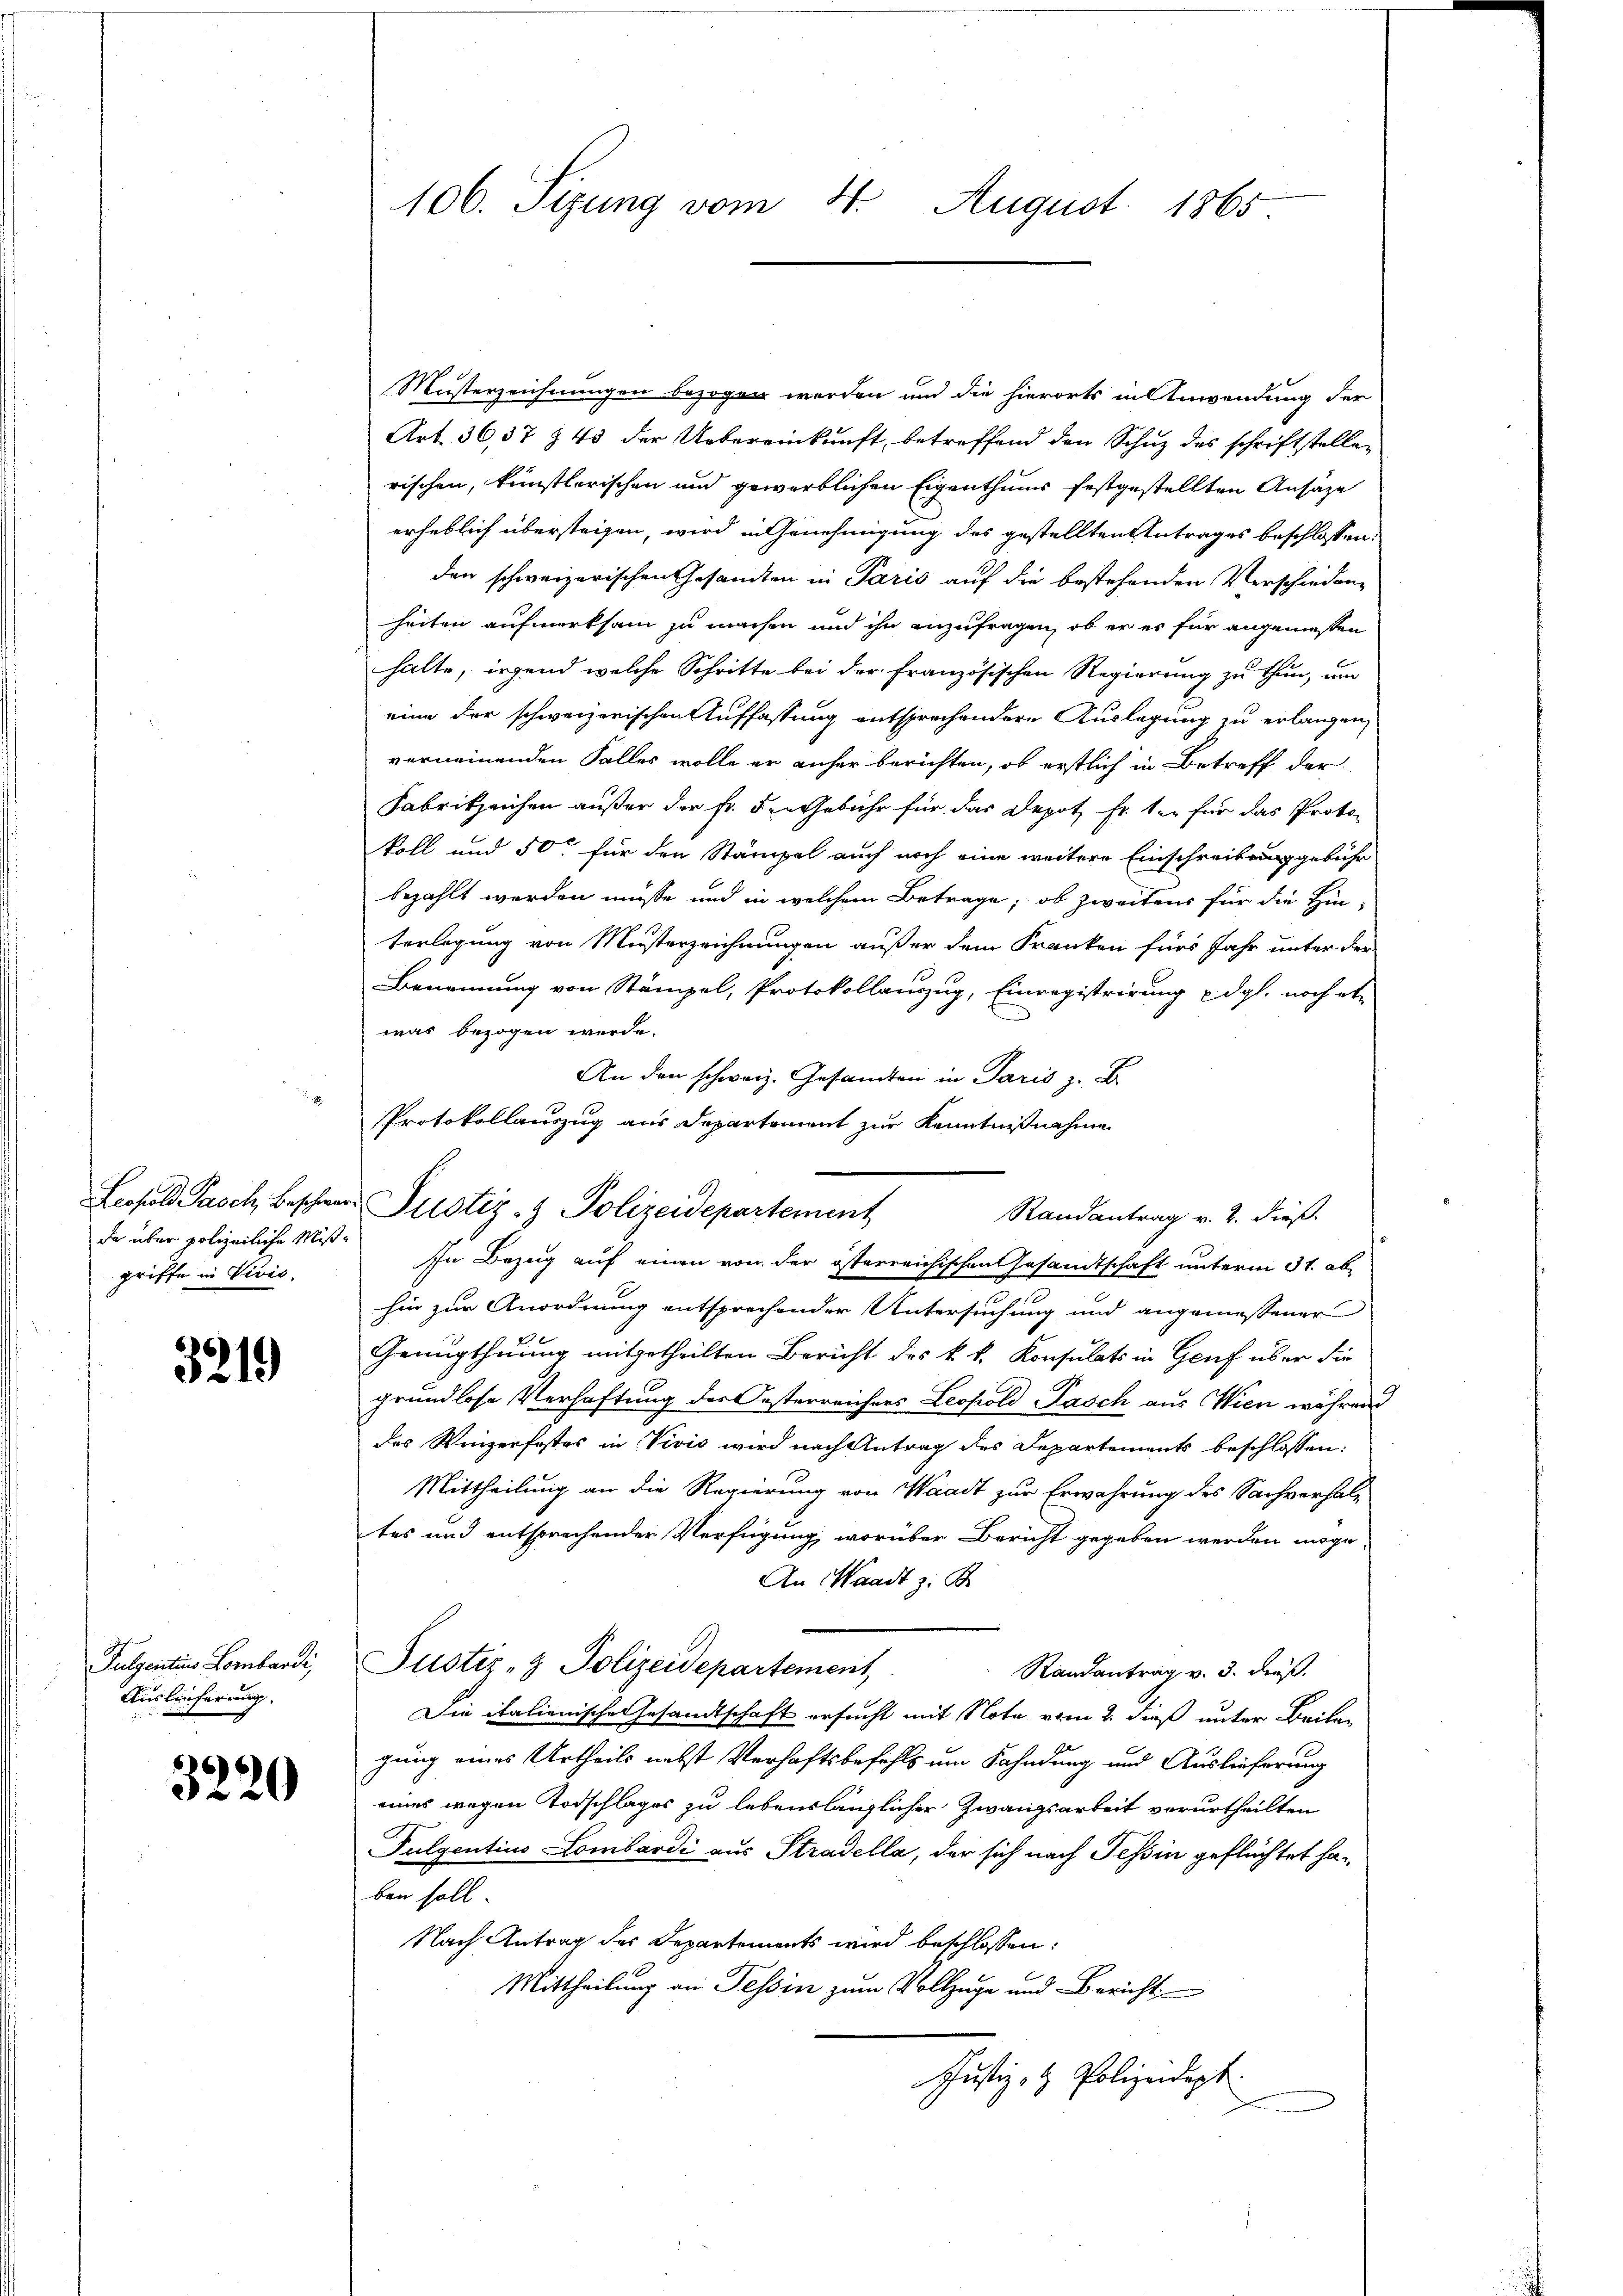
da über polizeiliche Mißgriffe in Vivis,

3219

Pulgentius Lombardi,
Auslieferung.

3220

106. Sizung vom 4. August 1865

Musterzeichnungen bezogen werden und die hierorts in Anwendung der
Art. 36,57 § 43 der Uebereinkunft, betreffend den Schuz des schriftstellen
rischen, künstlerischen und gewerblichen Eigenthums festgestellten Ansäze
erheblich übersteigen, wird in Genehmigung des gestellten Antrages beschlossen:
den schweizerischen Gesamten in Paris auf die bestehenden Verschiedene
heiten aufmerksam zu machen und ihn anzufragen, ob er es für angeniessen
halte, irgend welche Schritte bei der Französischen Regierung zu thun, um
eine der schweizerischen Auffassung entsprechendere Auslegung zu erlangen,
verneinenden Falles wolle er anher berichten, ob erstlich in Betreff der
Fabrikzeichen außer der Fr. 5. Gebühr für das Depot. Er ter für das Protokoll und 50 für den Stämpel auch noch eine weitere Einschreibung gebühr
bezahlt werden müsse und in welchem Betrage, ob zweitens für die Hin-
terlegung von Musterzeichnungen außer dem Franken fürs Jahr unter der
Benennung von Stämpel, Protokollauszug, Einregistrirung u. dgl. noch et-
was bezogen werde.
An den schweiz. Gesandten in Paris z. B.
Protokollauszug aus Departement zur Kenntnißnahme
Randantrag v. 2. dieß.
In Bezug auf einen von der österreichischen Gesandtschaft unterm 31. abhin zur Anordnung entsprechender Untersuchung und angemessener
Genugthuung mitgetheilten Bericht des k. k. Konsulats in Genf über die
grundlose Verhaftung der Oesterreichers Leopold Pasch aus Wien während
des Weizerfostes in Vivio wird nach Antrag des Departements beschlossen:
Mittheilung an die Regierung von Waadt zur Erwährung des Sachverhaltes und entsprechender Verfügung worüber Bericht gegeben werden möge
An Waadt z. B.
Justiz- & Polizeidepartement,
Randantrag v. 3. dieß.
Die italienische Gesandtschaft ersucht mit Note vom 2. dieß unter Beilen
gung eines Urtheils nebst Verhaftsbefehls um Fahndung und Auslieferung
eines wegen Todschlages zu lebenslänglicher Zwangsarbeit verurtheilten
Fulgentius Lombardi aus Stradella, der sich nach Tessin geflüchtet haben soll
Nach Antrag des Departements wird beschlossen:
Mittheilung an Tessin zum Vollzuge und Bericht
Justiz- & Polizeidept.
e

Leopold Pasch, Beschwer Justiz- & Polizeidepartement